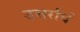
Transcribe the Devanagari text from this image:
उत्तर्रार्ध